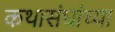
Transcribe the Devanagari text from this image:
कथासंघांच्या